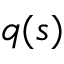
q ( s )